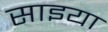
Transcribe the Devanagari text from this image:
साइया